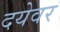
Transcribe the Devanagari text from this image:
दयेवर